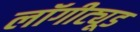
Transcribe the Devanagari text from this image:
लॉगीट्यूड